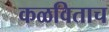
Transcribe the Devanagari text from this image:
कळविताच